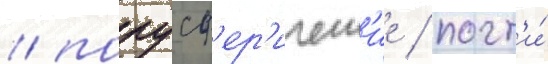
/ полусф'ер'ическ'ие / почт'и́